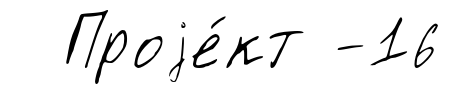
Проjе́кт -16